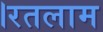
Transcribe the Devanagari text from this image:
।रतलाम